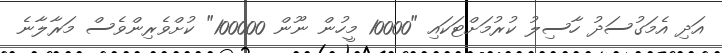
އަދި އެމަގުސަދު ހާސިލު ކުރުމަށްޓަކައި "10000 މީހުން ނޫން 100000" ކުށްވެރިންވެސް މަރާލާނެ